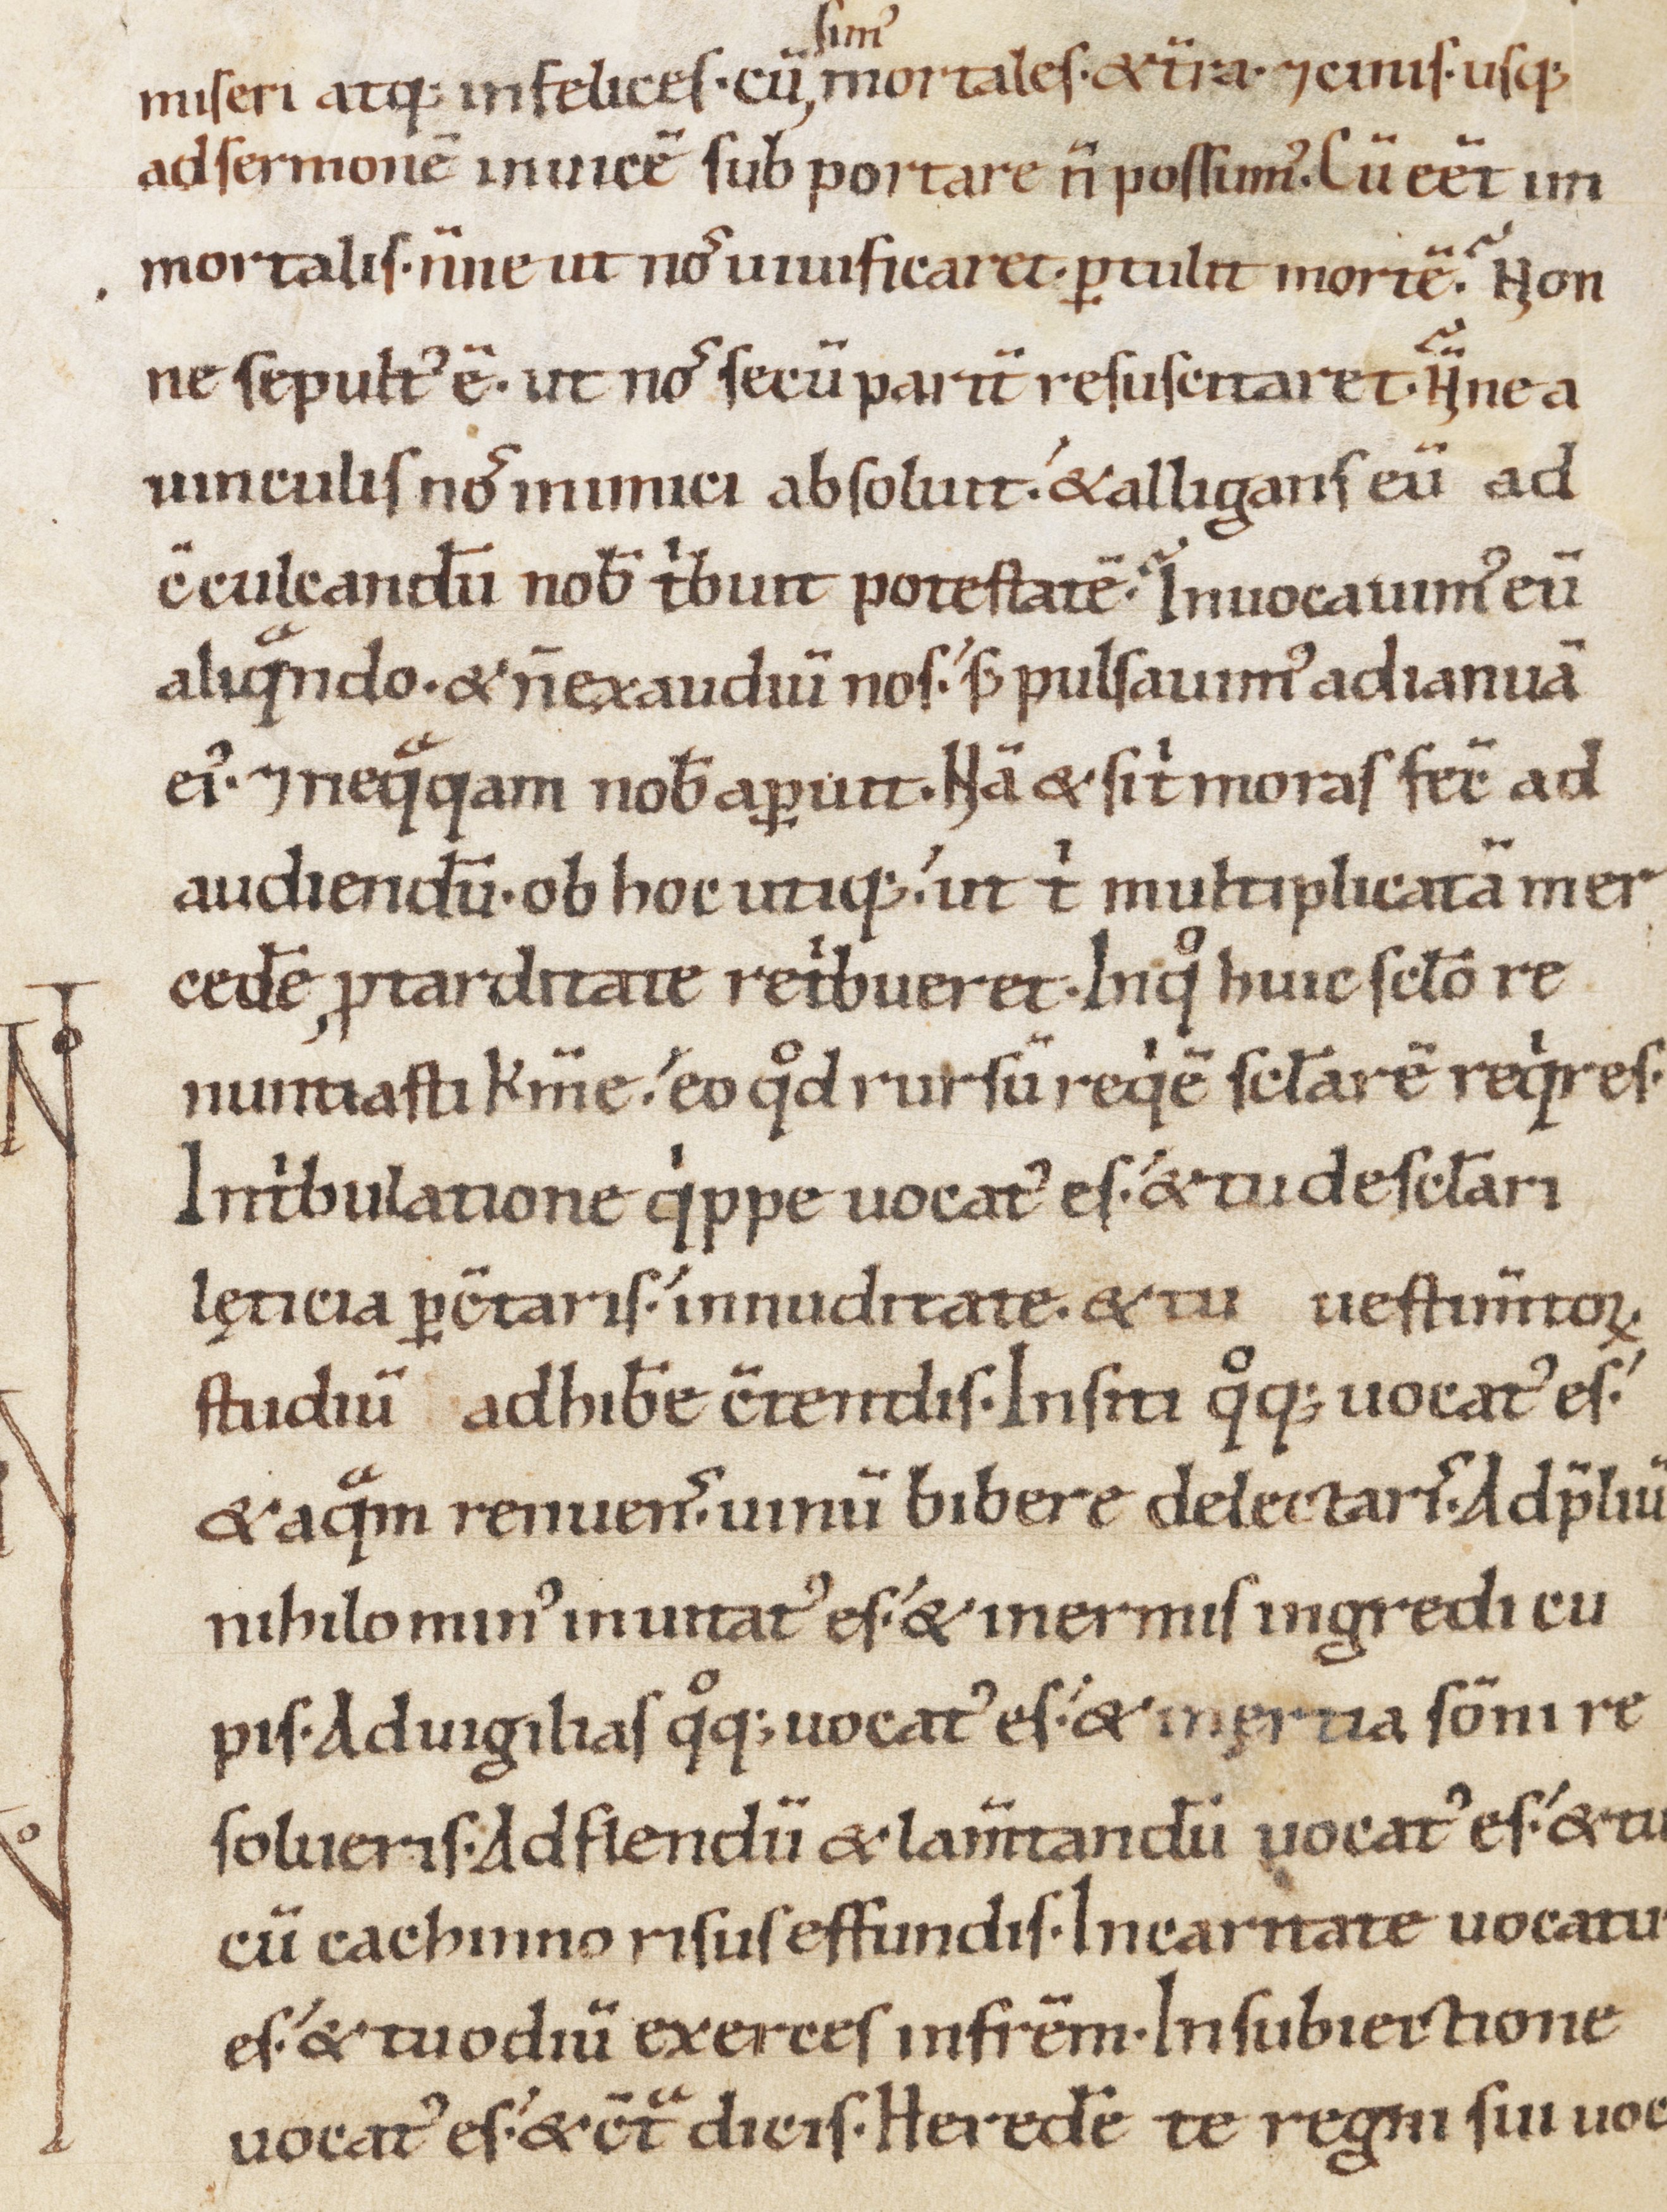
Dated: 1100–1199